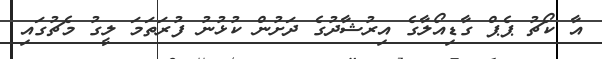
އާ ކޯޗު ޕެޕް ގާޑިއޯލާގެ އިރުޝާދުގެ ދަށުން ކުޅުނު ފުރަތަމަ ލީގު މެޗުގައި